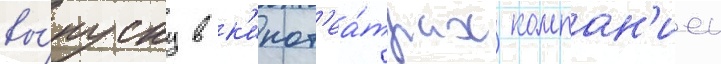
вы́пуску в к'инот'еа́трах компан'иеи